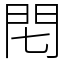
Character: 𨳍